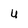
Character: u